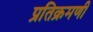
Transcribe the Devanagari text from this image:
प्रतिक्रमणी